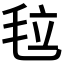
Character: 𣭉